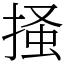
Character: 掻